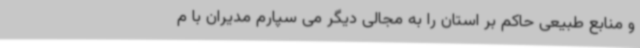
و منابع طبیعی حاکم بر استان را به مجالی دیگر می سپارم مدیران با م